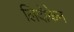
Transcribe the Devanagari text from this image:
लिदोकेन